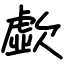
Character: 歔